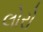
લોરો